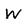
Character: W